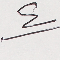
٤